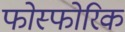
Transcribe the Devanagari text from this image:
फोस्फोरिक